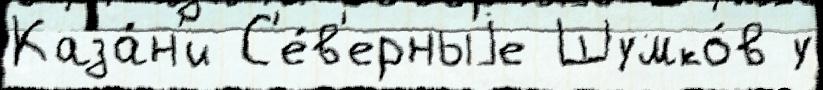
Каза́н'и С'е́в'ерныjе Шумко́в у